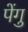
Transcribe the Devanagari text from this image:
पेंगु